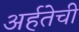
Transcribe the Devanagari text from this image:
अर्हतेची